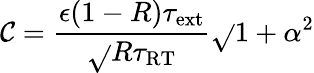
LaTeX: \mathcal{C}=\frac{{\epsilon(1-R)\tau_{\mathrm{{ext}}}}}{{\sqrt{}{{R}}\tau_{\mathrm{{RT}}}}}\sqrt{}{{1+\alpha^{2}}}